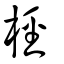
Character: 桱